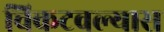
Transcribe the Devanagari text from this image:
चिकटवल्यास